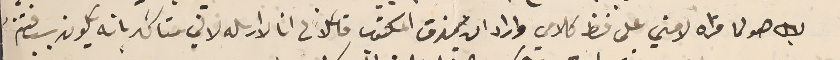
لا بل هو لما قراه لامني على فظ كلامي واراد ان يمزق المكتوب قائلاً لى انا لا ارسله لاني متأكد بانه سبب فتنه